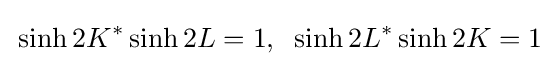
\,\sinh 2K^{*}\sinh 2L=1,\;\;\sinh 2L^{*}\sinh 2K=1